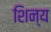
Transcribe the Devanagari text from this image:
शिन्य